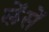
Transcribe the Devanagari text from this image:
लेंसें